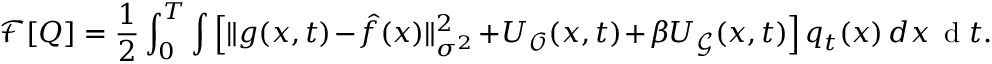
\small \mathcal { F } [ Q ] = \frac { 1 } { 2 } \int _ { 0 } ^ { T } \int \Big [ \| g ( x , t ) - \hat { f } ( x ) \| _ { \sigma ^ { 2 } } ^ { 2 } + U _ { \mathcal { O } } ( x , t ) + \beta U _ { \mathcal { G } } ( x , t ) \Big ] \, q _ { t } ( x ) \, d x \, \mathrm { ~ d ~ } t .